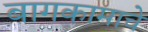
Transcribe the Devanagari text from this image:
बागकामाचे